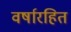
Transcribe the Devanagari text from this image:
वर्षारहित